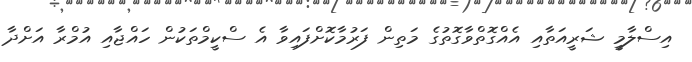
އިސްލާމީ ޝަރީއަތާއި އެއްގޮތްވާގޮތުގެ މަތިން ފަރުމާކޮށްފައިވާ އެ ސްކީމްތަކުން ހައްޖާއި އުމްރާ އަށްދާ